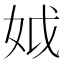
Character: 𡛟